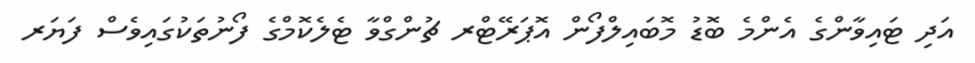
އަދި ޓައިވާންގެ އެންމެ ބޮޑު މޮބައިލްފޯން އޮޕަރޭޓްރ ޗުންގްވާ ޓެލެކޮމްގެ ފޯނުތަކުގައިވެސް ފަޔަރ